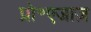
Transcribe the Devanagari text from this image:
प्रो॰एजाज़